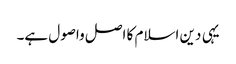
یہی دین اسلام کا اصل واصول ہے۔